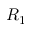
R _ { 1 }